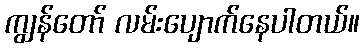
ကျွန်တော် လမ်းပျောက်နေပါတယ်။